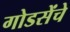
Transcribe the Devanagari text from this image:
गोडसेंचे